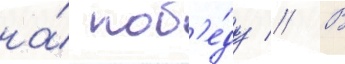
на́ поб'е́ду // В